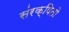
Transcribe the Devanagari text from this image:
संरक्षितो